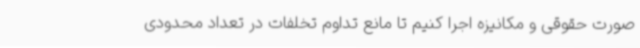
صورت حقوقی و مکانیزه اجرا کنیم تا مانع تداوم تخلفات در تعداد محدودی